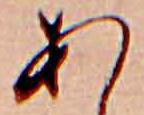
あ